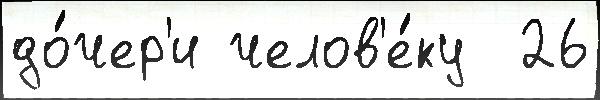
до́чер'и челов'е́ку  26